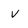
Character: v